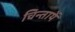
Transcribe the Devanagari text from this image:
चिन्तायें